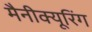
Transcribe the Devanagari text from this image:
मैनीक्यूरिंग